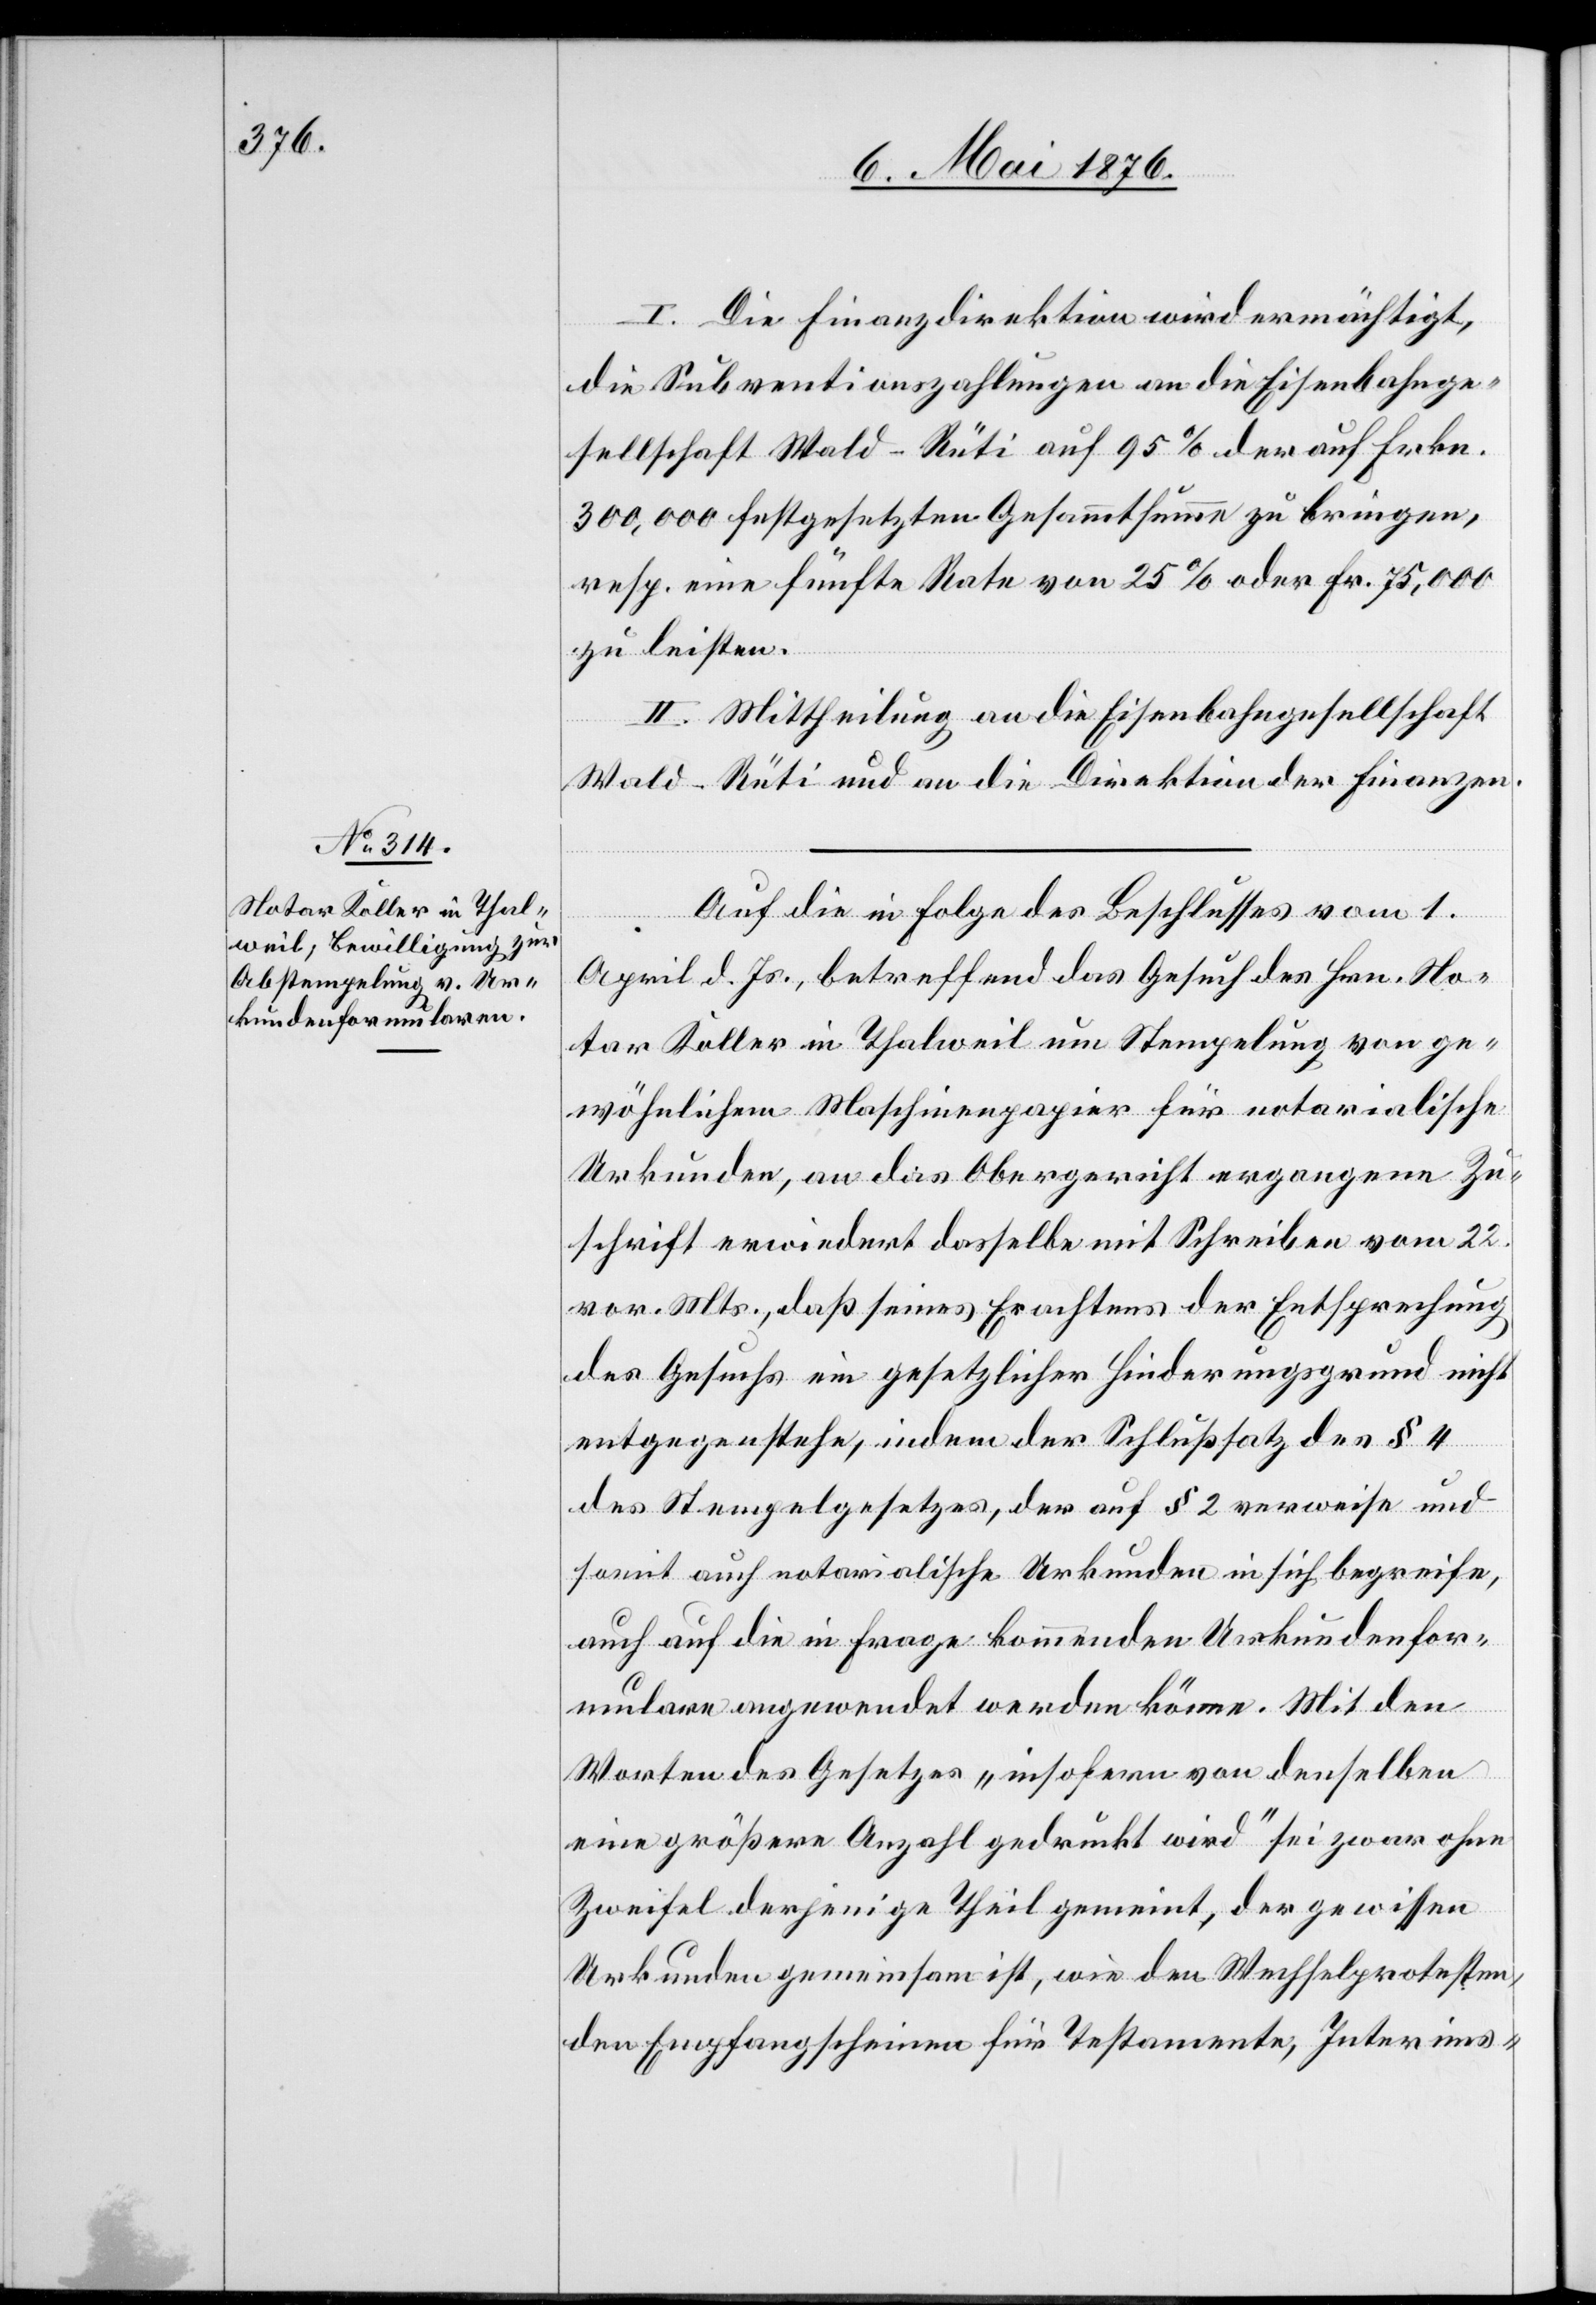
I. Die Finanzdirektion wird ermächtigt,
die Subventionszahlungen an die Eisenbahnge¬
sellschaft Wald–Rüti auf 95 % der auf Frkn.
300,000 festgesetzten Gesammtsumme zu bringen,
resp. eine fünfte Rate von 25 % oder Fr. 75,000
zu leisten.
II. Mittheilung an die Eisenbahngesellschaft
Wald–Rüti und an die Direktion der Finanzen.
Auf die in Folge des Beschlusses vom 1.
April d. Js., betreffend das Gesuch des Hrn. No¬
tar Koller in Thalweil um Stempelung von ge¬
wöhnlichem Maschinenpapier für notarialische
Urkunden, an das Obergericht ergangene Zu¬
schrift erwiedert dasselbe mit Schreiben vom 22.
vor. Mts., daß seines Erachtens der Entsprechung
des Gesuchs ein gesetzlicher Hinderungsgrund nicht
entgegenstehe, indem der Schlußsatz des § 4
des Stempelgesetzes, der auf § 2 verweise und
somit auch notarialische Urkunden in sich begreife,
auch auf die in Frage kommenden Urkundenfor¬
mulare angewendet werden könne. Mit den
Worten des Gesetzes „insofern von denselben
eine größere Anzahl gedruckt wird“ sei zwar ohne
Zweifel derjenige Theil gemeint, der gewissen
Urkunden gemeinsam ist, wie den Wechselprotesten,
den Empfangscheinen für Testamente, Interims-